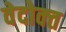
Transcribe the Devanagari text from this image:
वेदोक्‍त